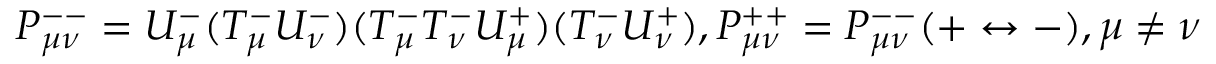
P _ { \mu \nu } ^ { -- } = U _ { \mu } ^ { - } ( T _ { \mu } ^ { - } U _ { \nu } ^ { - } ) ( T _ { \mu } ^ { - } T _ { \nu } ^ { - } U _ { \mu } ^ { + } ) ( T _ { \nu } ^ { - } U _ { \nu } ^ { + } ) , P _ { \mu \nu } ^ { + + } = P _ { \mu \nu } ^ { -- } ( + \leftrightarrow - ) , \mu \neq \nu